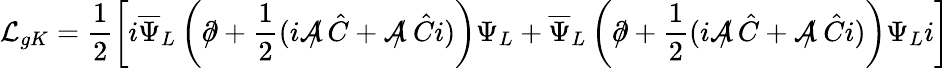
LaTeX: {\cal L}_{gK}=\frac{1}{2}\left[i\overline{{{\Psi}}}_{L}\left(\partial\! \! \! /+\frac{1}{2}(i{\cal A}\! \! \! /\, \hat{C}+{\cal A}\! \! \! /\: \hat{C}i)\right)\Psi_{L}+\overline{{{\Psi}}}_{L}\left(\partial\! \! \! /+\frac{1}{2}(i{\cal A}\! \! \! /\, \hat{C}+{\cal A}\! \! \! /\: \hat{C}i)\right)\Psi_{L}i\right]